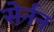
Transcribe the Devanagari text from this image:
सेर्नन